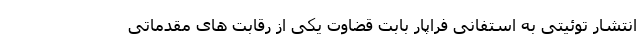
انتشار توئیتی به استفانی فراپار بابت قضاوت یکی از رقابت های مقدماتی